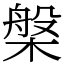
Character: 槃